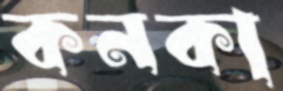
কনকা